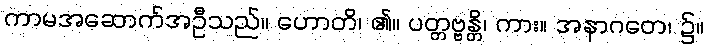
ကာမအဆောက်အဦသည်။ ဟောတိ၊ ၏။ ပတ္တဗ္ဗန္တိ၊ ကား။ အနာဂတေ၊ ၌။